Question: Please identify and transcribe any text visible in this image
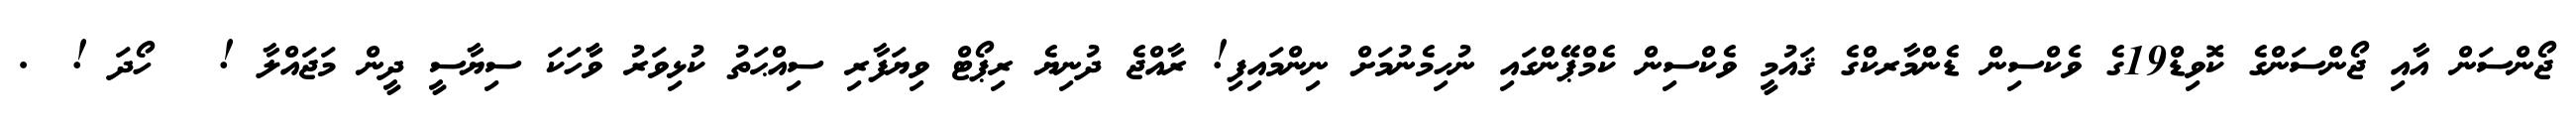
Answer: ޖޯންސަން އާއި ޖޯންސަންގެ ކޮވިޑް19ގެ ވެކްސިން ޑެންމާރކްގެ ޤައުމީ ވެކްސިން ކެމްޕޭންގައި ނުހިމެނުމަށް ނިންމައިފި! ރާއްޖެ ދުނިޔެ ރިޕޯޓް ވިޔަފާރި ސިއްޙަތު ކުޅިވަރު ވާާހަކަ ސިޔާސީ ދީން މަޖައްލާ ! ? ހޯދަ ! ?.